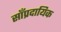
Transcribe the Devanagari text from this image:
साँप्रदायिक